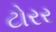
ટોરર